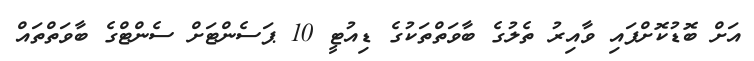
އަށް ބޮޑުކޮށްފައި ވާއިރު ތެލުގެ ބާވަތްތަކުގެ ޑިއުޓީ 10 ޕަސެންޓަށް ސެންޓްގެ ބާވަތްތައް